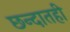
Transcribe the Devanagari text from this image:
छन्दातही